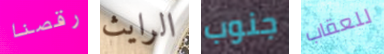
رقصنا الرايث جنوب للعقاب